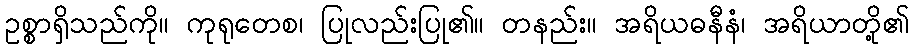
ဥစ္စာရှိသည်ကို။ ကုရုတေစ၊ ပြုလည်းပြု၏။ တနည်း။ အရိယဓနီနံ၊ အရိယာတို့၏